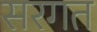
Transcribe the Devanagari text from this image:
सरगत